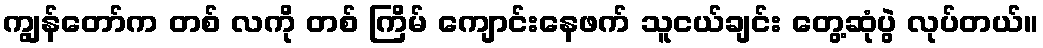
ကျွန်တော်က တစ် လကို တစ် ကြိမ် ကျောင်းနေဖက် သူငယ်ချင်း တွေ့ဆုံပွဲ လုပ်တယ်။